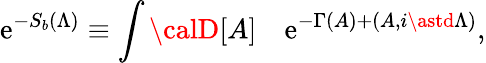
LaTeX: \mathrm{e}^{-S_{b}(\Lambda)}\equiv\int{\calD}[A]\quad\mathrm{e}^{-\Gamma(A)+(A,i\astd\Lambda)},